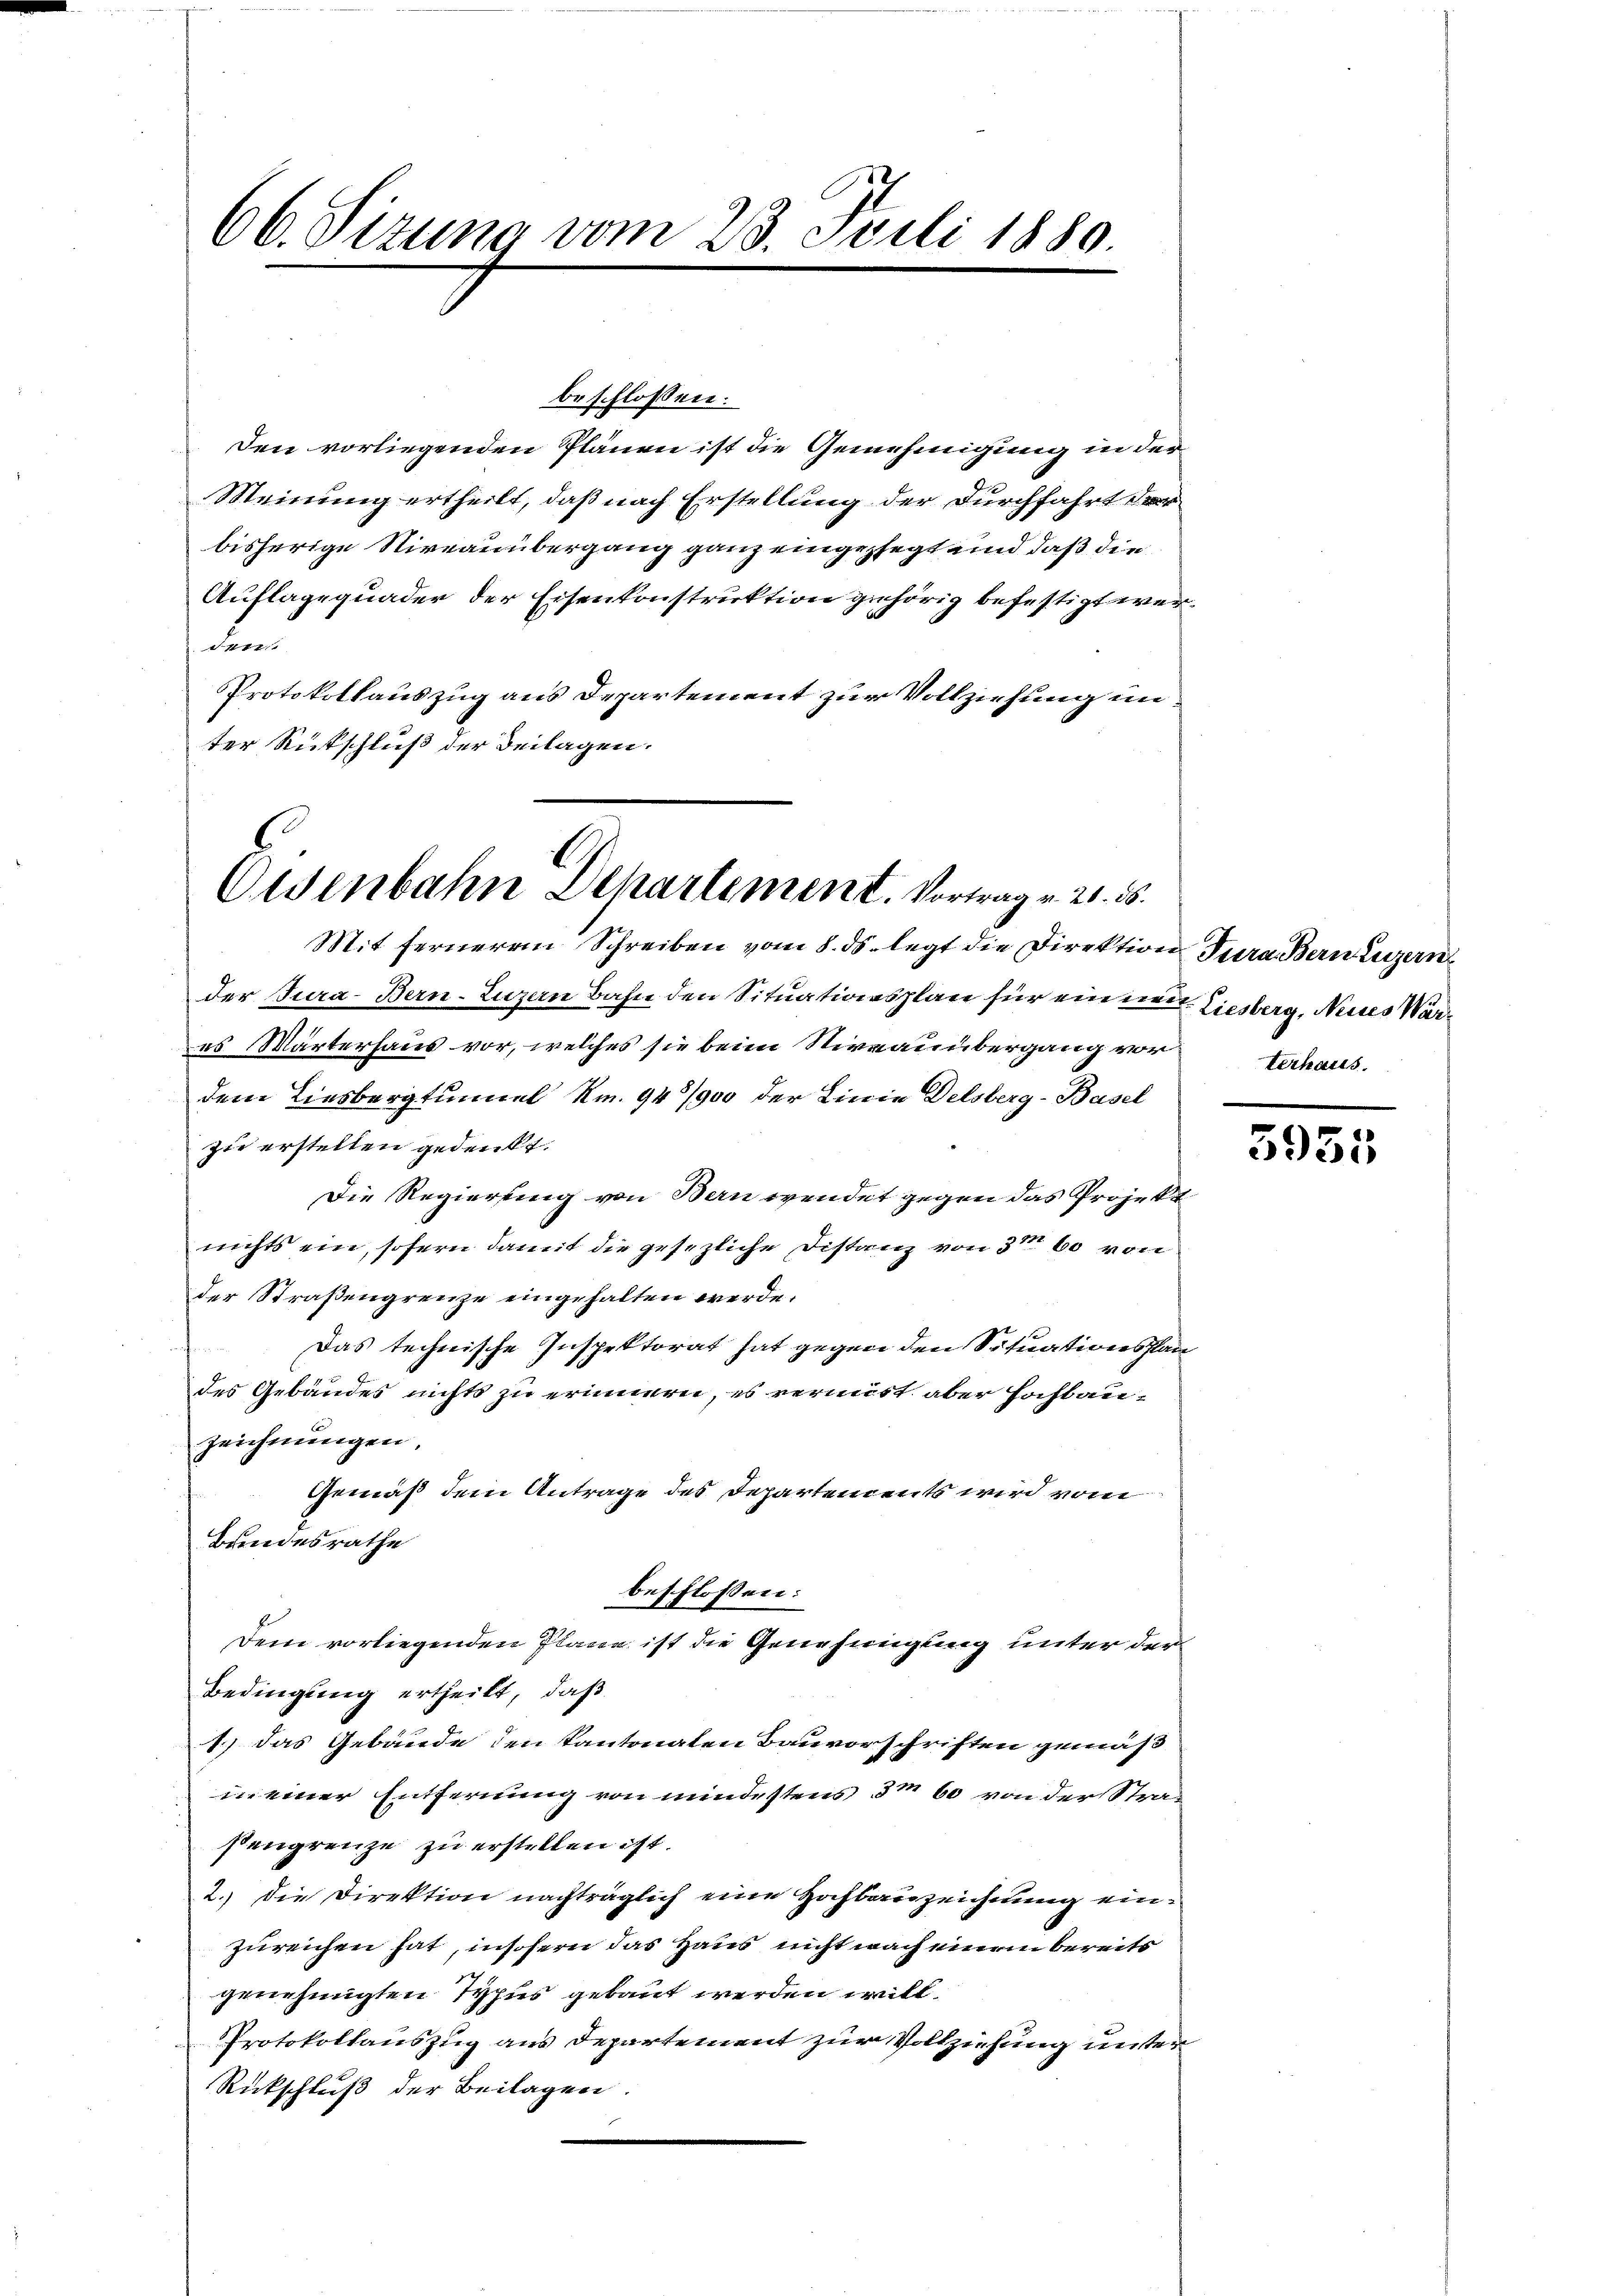
66. Sizung vom 23. Juli 1880.

Osenbahn Departement. Vortrag v. 20. 8.

beschlossen:
Den vorliegenden Plänen ist die Genehmigung in der
Meinung ertheilt, daß nach Erstellung der Durchfahrt der
bisherige Niveauübergang ganz eingelegt und daß die
Auflagequader der Eisenkonstruktion gehörig befestigt werden.
Protokollauszug aus Departement zur Vollziehung unter Rückschluß der Beilagen.

Mit fernerem Schreiben vom 8. ds. legt die Direktion Tura Bern Luzern
der Jura-Bern-Luzern Bahn den Situationsplan für ein neue Liesberg, Neues Wares Wärterhaus vor, welches sie beim Niveauübergang vorterhaus.
dem Liesbergtunnel Nr. 947/900 der Lierin Delsberg-Basel
zie erstellen gedenkt.
Die Regierung von Bern wendet gegen das Projekt
nichts ein, sofern damit die gesezliche Distanz von 3te 60 von
der Straßengrenze eingehalten werde.
Das technische Inspektorat hat gegen den Situationsstandes Gebäudes nichts zu erinnern, es vermist aber Hochbauzeichnungen,
Gemäß dem Antrage des Departendents wird vom
Bundesrathe
beschlossen:
Dem vorliegenden Plane ist die Genehmigung unter der
Bedingung ertheilt, daß
1.) Das Gebäude den kantonaten Bauvorschriften gemäß
in einer Entfernung von mindestens 3m 60 von der Strasengrenze zu erstellen ist.
2.) Die Direktion nachträglich eine Hochbauzeichnung einzureichen hat, insofern das Haus nicht nach einem bereits
genehmigten Typus gebaut werden will.
Protokollauszug aus Departement zur Vollziehung unter
Rückschluß der Beilagen.

5955